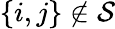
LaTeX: \{ i,j\} \not\in{\cal S}